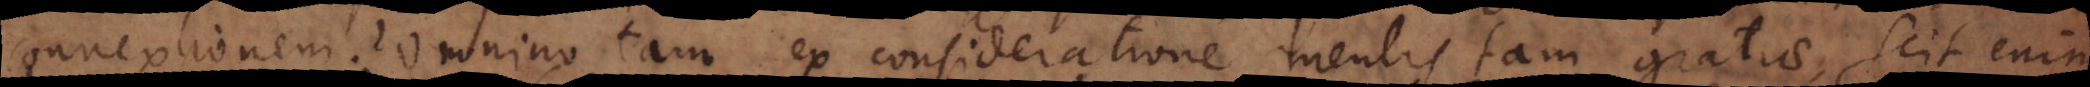
connexionem? Omnino tam ex consideratione mentis [quam] gratiae, scit enim